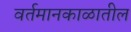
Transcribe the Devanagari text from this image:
वर्तमानकाळातील